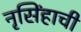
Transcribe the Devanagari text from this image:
नृसिंहाची